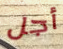
أجل